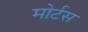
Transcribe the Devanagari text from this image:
मोर्टस